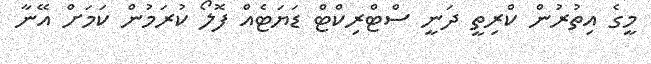
މީގެ އިތުރުން ކްރިތީ ދަނީ ސްޓްރިކްޓް ޑަޔަޓެއް ފޮލޯ ކުރަމުން ކަމަށް އޭނާ